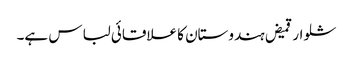
شلوار قمیض ہندوستان کا علاقائی لباس ہے۔